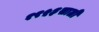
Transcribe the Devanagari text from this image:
१९५३साली